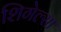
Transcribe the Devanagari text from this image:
शिगेल्सा